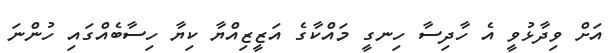
އަށް ވިދާޅުވީ އެ ހާދިސާ ހިނގީ މައްކާގެ އަޒީޒިއްޔާ ކިޔާ ހިސާބެއްގައި ހުންނަ